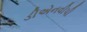
ડીએનવીપી